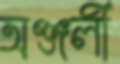
অঞ্জলী